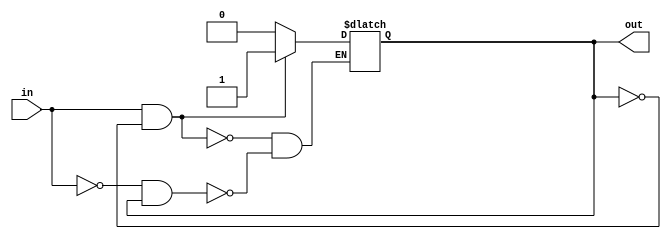
module schmitt_trigger_buffer (
    input wire in,
    output reg out
);

reg prev_out;

always @ (in)
begin
    if (in & !prev_out) // Rising edge detected
        out <= 1;
    else if (!in & prev_out) // Falling edge detected
        out <= 0;
    
    prev_out <= out;
end

endmodule